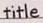
title